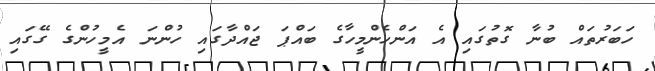
ހަބަރުތައް ބުނާ ގޮތުގައި އެ އަންހެންމީހާގެ ބައްޕަ ޖައްދާގައި ހުންނަ އެމީހުންގެ ގޭގައި